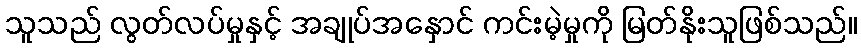
သူသည် လွတ်လပ်မှုနှင့် အချုပ်အနှောင် ကင်းမဲ့မှုကို မြတ်နိုးသူဖြစ်သည်။